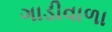
ગાડીવાળા